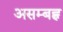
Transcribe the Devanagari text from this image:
असम्बह्व